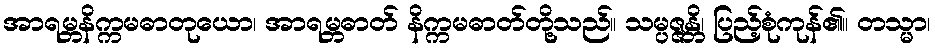
အာရမ္ဘနိက္ကမဓာတုယော၊ အာရမ္ဘဓာတ် နိက္ကမဓာတ်တို့သည်။ သမ္ပဇ္ဇန္တိ၊ ပြည့်စုံကုန်၏။ တသ္မာ၊